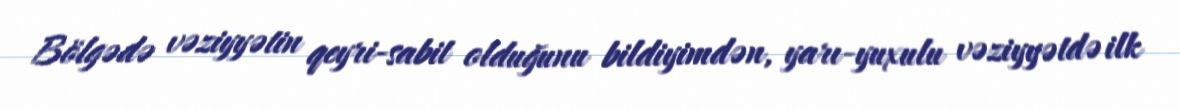
Bölgədə vəziyyətin qeyri-sabit olduğunu bildiyimdən, yarı-yuxulu vəziyyətdə ilk